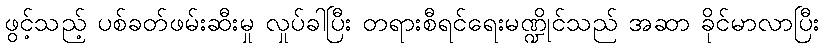
ဖွင့်သည့် ပစ်ခတ်ဖမ်းဆီးမှု လှုပ်ခါပြီး တရားစီရင်ရေးမဏ္ဍိုင်သည် အဆာ ခိုင်မာလာပြီး